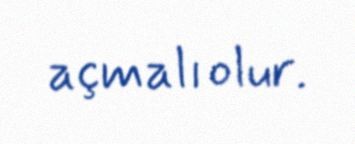
açmalı olur.